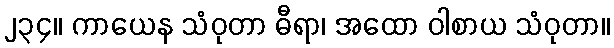
၂၃၄။ ကာယေန သံဝုတာ ဓီရာ၊ အထော ဝါစာယ သံဝုတာ။